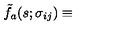
{ \tilde { f } } _ { a } ( s ; \sigma _ { i j } ) \equiv